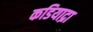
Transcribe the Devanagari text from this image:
कडियाद्रा